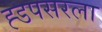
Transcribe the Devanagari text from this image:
ह्डपसरला